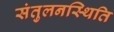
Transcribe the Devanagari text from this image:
संतुलनस्थिति